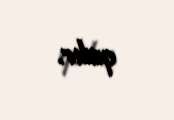
qalır.